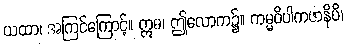
ယထာ၊ အကြင်ကြောင့်။ ဣဓ၊ ဤလောက၌။ ကမ္မဝိပါကဇာနိပိ၊